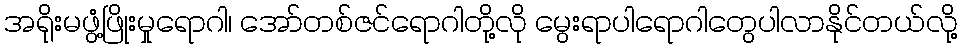
အရိုးမဖွံ့ဖြိုးမှုရောဂါ၊ အော်တစ်ဇင်ရောဂါတို့လို မွေးရာပါရောဂါတွေပါလာနိုင်တယ်လို့